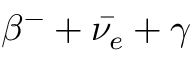
\beta ^ { - } + \bar { \nu _ { e } } + \gamma